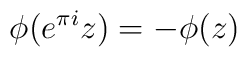
\phi (e^{\pi i}z)=-\phi (z)